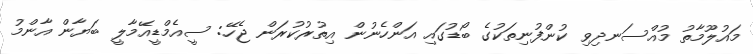
މައުލޫމާތު މުއްސަނދިވި ކުންފުނިތަކުގެ ބޯޑުގައި އަންހެނުން އިތުރުކުރަން ޖެހޭ: ސީއެމްޑީއޭމާލީ ބަޔާން އާންމު